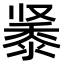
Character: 𬹔